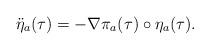
LaTeX: \begin{align*}\ddot{\eta}_a(\tau) = - \nabla \pi_a(\tau) \circ \eta_a(\tau).\end{align*}